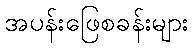
အပန်းဖြေစခန်းများ